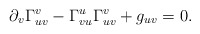
\begin{align*} \partial_v\Gamma_{uv}^v-\Gamma_{vu}^u\Gamma_{uv}^v+g_{uv}=0.\end{align*}